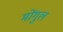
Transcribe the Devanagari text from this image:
मोंगुल